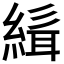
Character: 𮈭